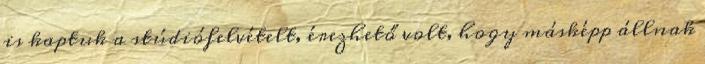
is kaptuk a stúdiófelvételt, érezhető volt, hogy másképp állnak